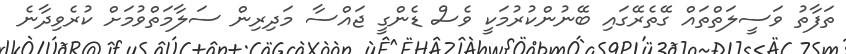
ތަފާތު ވަސީލަތްތައް ގޭތެރޭގައި ބޭނުންކުރުމަކީ ވެސް ޑެންގީ ޖައްސާ މަދިރިން ސަލާމަތްވުމަށް ކުރެވިދާނެ